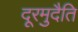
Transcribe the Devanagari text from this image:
दूरमुदैति